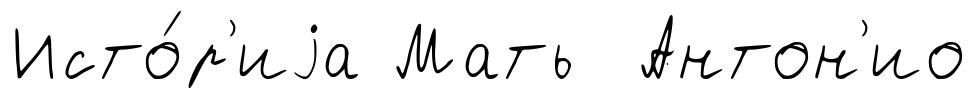
Исто́р'иjа Мать Антон'ио